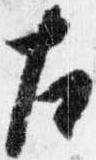
左